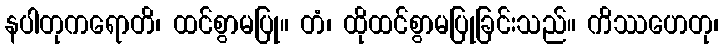
နပါတုကရောတိ၊ ထင်စွာမပြု။ တံ၊ ထိုထင်စွာမပြုခြင်းသည်။ ကိဿဟေတု၊